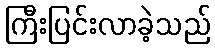
ကြီးပြင်းလာခဲ့သည်